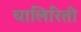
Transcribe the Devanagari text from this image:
चालिरिती